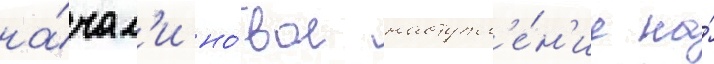
на́чал'и но́вое наступл'е́н'ие на́